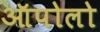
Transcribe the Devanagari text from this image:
ऑपोलो